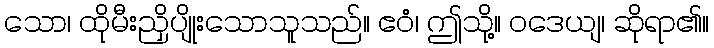
သော၊ ထိုမီးညှိပျိုးသောသူသည်။ ဧဝံ၊ ဤသို့။ ဝဒေယျ၊ ဆိုရာ၏။